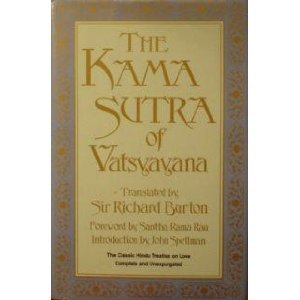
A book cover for The Kama Sutra of Vatsyayana: The Classic Hindu Treatise on Love and Social Conduct; Religion & Spirituality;